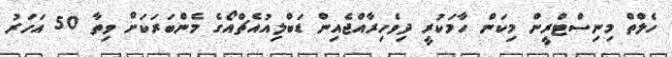
ހެލްތް މިނިސްޓްރީން މިކަން ހާމަކުރީ ދިވެހިރާއްޖެއިން ޑަބްލިއުއެޗްއޯގެ މެންބަރަކަށް ވިތާ 50 އަހަރު